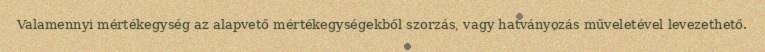
Valamennyi mértékegység az alapvető mértékegységekből szorzás, vagy hatványozás műveletével levezethető.